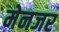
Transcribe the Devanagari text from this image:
मेनजर